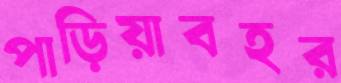
পাড়িয়াবহর